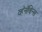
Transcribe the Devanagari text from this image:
व्हॅनॅबिन्स